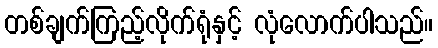
တစ်ချက်ကြည့်လိုက်ရုံနှင့် လုံလောက်ပါသည်။